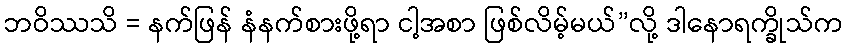
ဘဝိဿသိ = နက်ဖြန် နံနက်စားဖို့ရာ ငါ့အစာ ဖြစ်လိမ့်မယ်”လို့ ဒါနောရက္ခိုသ်က